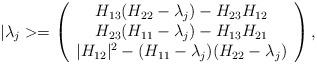
LaTeX: \begin{align*}|\lambda_{j}>=\left(\begin{array}{c}H_{13}(H_{22}-\lambda_{j})-H_{23}H_{12}\\H_{23}(H_{11}-\lambda_{j})-H_{13}H_{21}\\|H_{12}|^{2}-(H_{11}-\lambda_{j})(H_{22}-\lambda_{j})\end{array}\right),\end{align*}